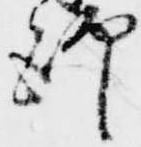
師